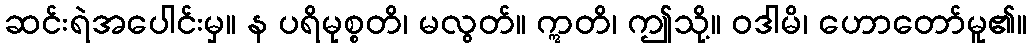
ဆင်းရဲအပေါင်းမှ။ န ပရိမုစ္စတိ၊ မလွတ်။ ဣတိ၊ ဤသို့။ ဝဒါမိ၊ ဟောတော်မူ၏။